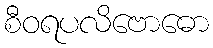
စီဝရပလိဗောဓော